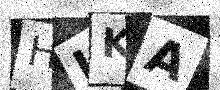
Text: HIKA